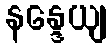
နန္ဒေယျ